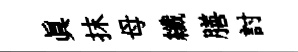
眞抹母纖膳討